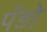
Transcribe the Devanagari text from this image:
पॅंड़ो